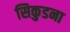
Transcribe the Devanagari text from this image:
सिकुडना